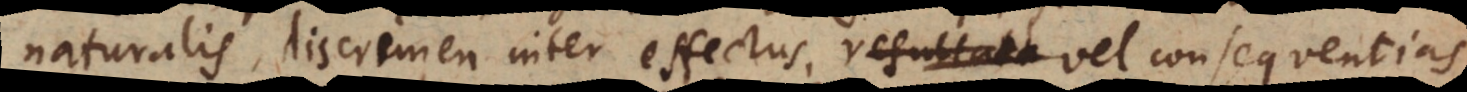
naturalis, discrimen inter effectus vel consequentias